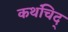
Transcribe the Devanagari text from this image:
कथंचिद्